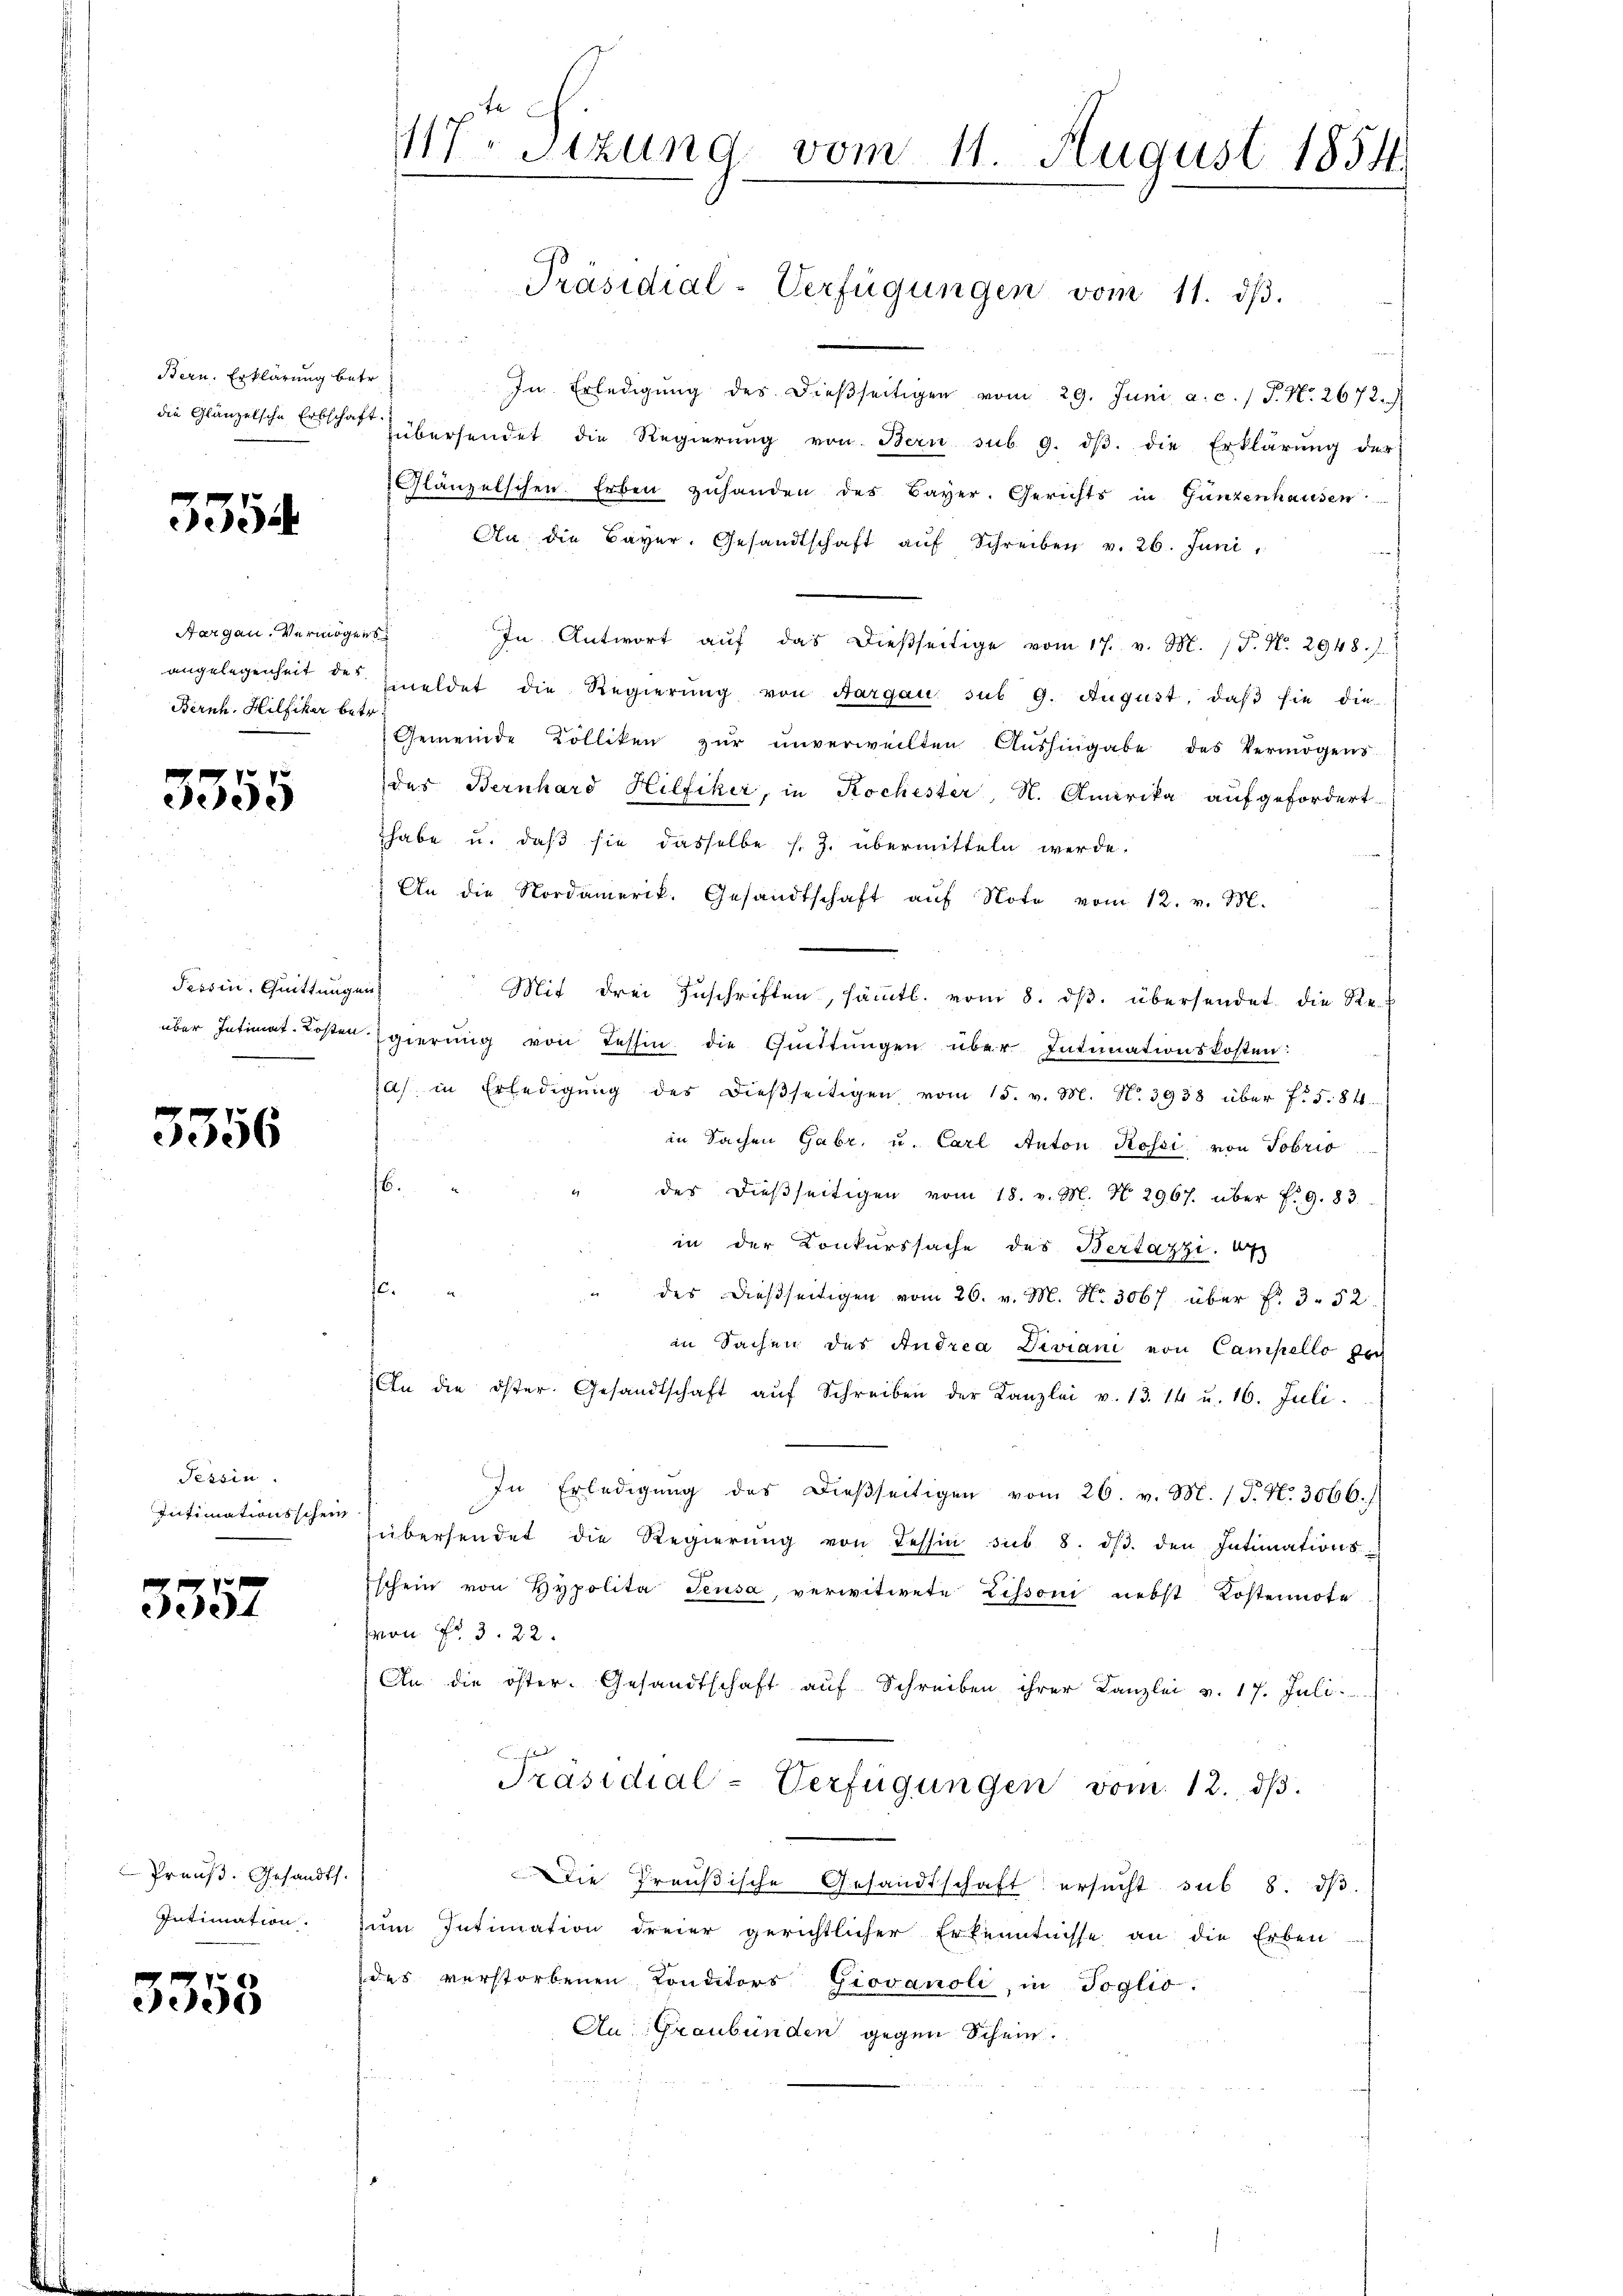
Bern, Erklärung betr.

5554.

Bernh. Hilfiker betr.

5355

Tessin, Quittung
über Intimat-Kosten

5356

Tessin.
Intimationsschein

3357

Preuß. Gesandts
Intimation.

3353

117. Sitzung vom 11. August 1854.

Präsidial-Verfügungen vom 11. dβ.

In Erledigŭng des dießseitigen vom 29. Juni a. c. / P. Nr. 2672.
die Glänzelsche Erbschaft übersendet die Regierŭng von Bern sub. 9. dβ. die Erklärŭng der
Glänzelschen. Erben zuhanden des Bayer. Gerichts in Ganzenhausen
An die Bayer. Gesandtschaft aŭf Schreiben v. 26. Juni,
Aargau. Vermögens. In Antwort aŭf das dießseitige vom 17. v. M. /F. N. 2948.
angelegenheit des meldet die Regierŭng von Aargau sub 9. August, daβ sie die-
Gemeinde Kolliken zŭr ŭnverweilten Aŭshingabe das Vermögens-
des Bernhard Hilfiker, in Kochester, N. Amerika aufgefordert.
habe u. daß sie dasselbe s. Z. übermitteln werde.
An die Nordamerik. Gesandtschaft aŭf Note vom 12. v. M.
a
Mit drei Zuschriften, sämtl. vom 8. ds. übersendet die Re¬
Egierŭng von Tessin die Güttŭngen über Intinationskosten:
Ja) in Erledigŭng des dieβseitigen vom 15. v. M. No. 3938 über f. 5. 84.
in Sachen Gabr. u. Carl Anton Rossi von Tobris
.
des dießseitigen vom 18. v. M. No. 2967. über f. 9. 83.
in der Konkurssache des Bertazzi. 67
10.
des dießseitigen vom 26. v. M. Nr. 3067 über Fr. 3. 52
in Sachen des Andrea Deviani von Campello per
An die öster. Gesandtschaft aŭf Schreiben der Kanzlei v. 13. 14 u. 16. Juli.
In Erledigŭng des dießseitigen vom 26. v. M. (T. N. 3066.
übersendet die Regierŭng von Tessin sub. 8. dβ. den Intimations-
Eschein von Hypolita Leusa, verwitwete Zissoni nebst Kostennote
Mon Fr. 3. 22.
An die öster- Gesandtschaft auf Schreiben ihrer Kanzlei v. 17. Juli.
d
Präsidial-Verfügungen vom 12. dβ.
Die Preußische Gesandtschaft ersucht sub 8. dβ.
zum Intimation dreier gerichtlicher Erkenntnisse an die Erben
des verstorbenen Conditors Giovanoli, in Toglio.
An Graubünden gegen Schein.